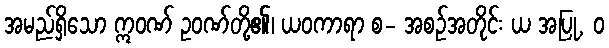
အမည်ရှိသော ဣဝဏ် ဥဝဏ်တို့၏၊ ယဝကာရာ စ- အစဉ်အတိုင်း ယ အပြု, ဝ